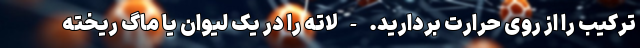
ترکیب را از روی حرارت بردارید. - لاته را در یک لیوان یا ماگ ریخته